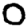
Digit: 0